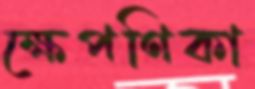
ক্ষেপণিকা